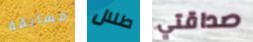
مسابقة طلال صداقتي